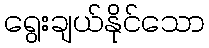
ရွေးချယ်နိုင်သော